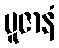
ပူဇာနံ